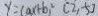
y = ( a x + b ) ^ { 2 } ( 2 , 5 )